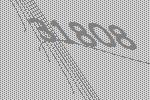
31808